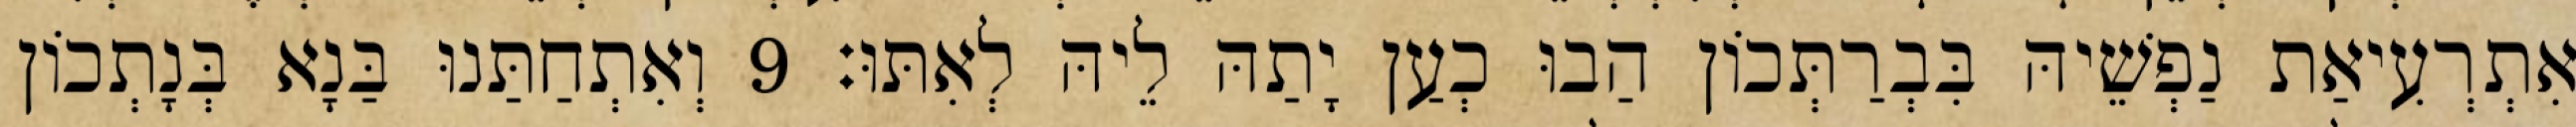
אִתְרְעִיאַת נַפְשֵׁיהּ בִּבְרַתְּכוֹן הַבוּ כְעַן יָתַהּ לֵיהּ לְאִתּוּ׃ 9 וְאִתְחַתַּנוּ בַּנָא בְּנָתְכוֹן